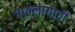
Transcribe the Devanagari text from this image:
पाठलागाची